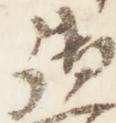
御